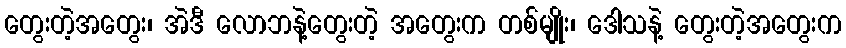
တွေးတဲ့အတွေး၊ အဲဒီ လောဘနဲ့တွေးတဲ့ အတွေးက တစ်မျိုး၊ ဒေါသနဲ့ တွေးတဲ့အတွေးက